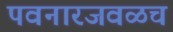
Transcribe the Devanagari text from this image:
पवनारजवळच